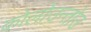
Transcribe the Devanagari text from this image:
कोलोउन्तोउ